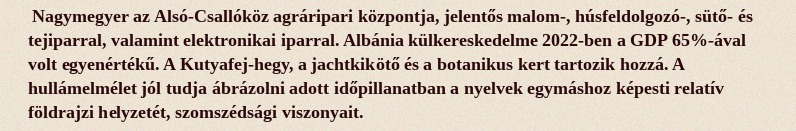
Nagymegyer az Alsó-Csallóköz agráripari központja, jelentős malom-, húsfeldolgozó-, sütő- és tejiparral, valamint elektronikai iparral. Albánia külkereskedelme 2022-ben a GDP 65%-ával volt egyenértékű. A Kutyafej-hegy, a jachtkikötő és a botanikus kert tartozik hozzá. A hullámelmélet jól tudja ábrázolni adott időpillanatban a nyelvek egymáshoz képesti relatív földrajzi helyzetét, szomszédsági viszonyait.